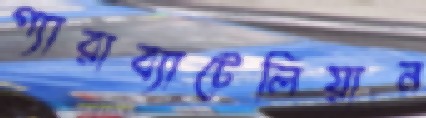
প্যারাব্যাটেলিয়ান